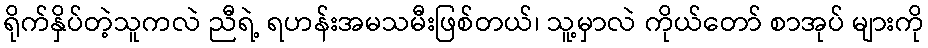
ရိုက်နှိပ်တဲ့သူကလဲ ညီရဲ့ ရဟန်းအမသမီးဖြစ်တယ်၊ သူ့မှာလဲ ကိုယ်တော် စာအုပ် များကို